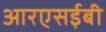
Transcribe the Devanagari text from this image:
आरएसईबी